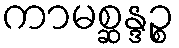
ကာမစ္ဆန္ဒဉ္စ